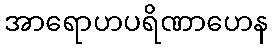
အာရောဟပရိဏာဟေန